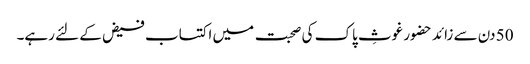
50 دن سے زائد حضور غوثِ پاک کی صحبت میں اکتساب فیض کے لئے رہے۔